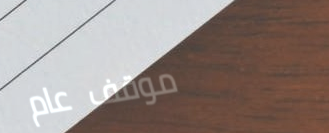
موقف عام